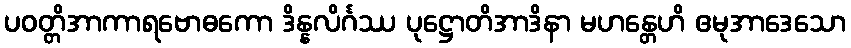
ပဝတ္တိအာကာရဗောဓကော ဒိန္နလိင်္ဂဿ ပုဋ္ဌောတိအာဒိနာ မဟန္တေဟိ ဧမုအာဒေသော